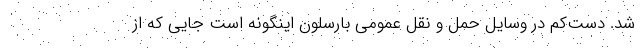
شد. دست‌کم در وسایل حمل و نقل عمومی بارسلون اینگونه است جایی که از